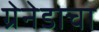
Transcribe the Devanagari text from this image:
ग्रेनेडाचा